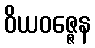
ဝိယဝဇ္ဇေန